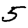
Digit: 5